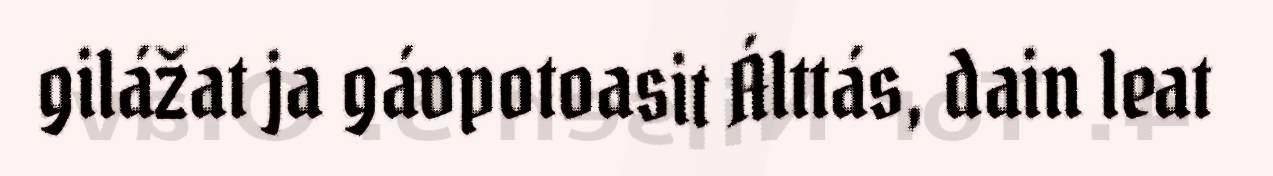
gilážat ja gávpotoasit Álttás, dain leat